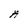
Character: A